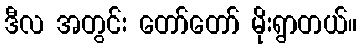
ဒီလ အတွင်း တော်တော် မိုးရွာတယ်။